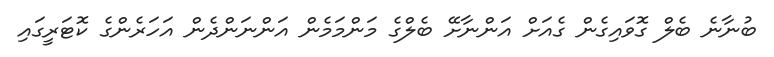
ބުނާނެ ބެލް ގޮވައިގެން ގެއަށް އަންނާށޭ ބެލްގެ މަންމަމެން އަންނަންދެން އަހަރެންގެ ކޮޓަރީގައި